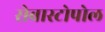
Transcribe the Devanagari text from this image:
सेबास्टोपोल